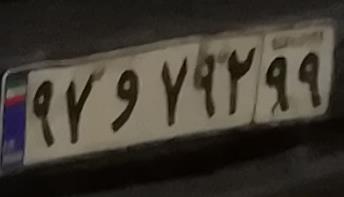
۹۷و۷۹۲۹۹